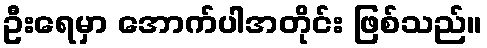
ဦးရေမှာ အောက်ပါအတိုင်း ဖြစ်သည်။